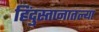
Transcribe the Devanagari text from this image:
हिंदुस्तानातल्या